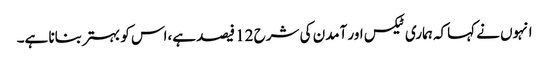
انہوں نے کہاکہ ہماری ٹیکس اور آمدن کی شرح 12 فیصد ہے،اس کو بہتر بنانا ہے۔